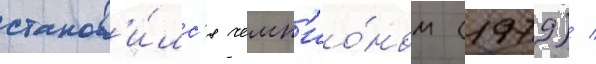
станов'и́лс'я чемп'ио́ном (1979) /